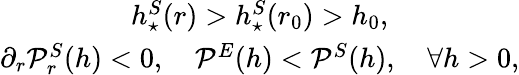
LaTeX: \begin{array}{c}{h_{\star}^{S}(r)>h_{\star}^{S}(r_{0})>h_{0},}\\ {\partial_{r}{\cal P}_{r}^{S}(h)<0,\quad{\cal P}^{E}(h)<{\cal P}^{S}(h),\quad\forall h>0,}\end{array}